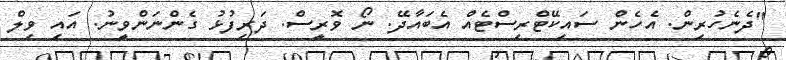
"ދެނެހުރިން. އެހެން ސައިކޭޓްރިސްޓެއް އެބައާދޭ. ނޯ ވޮރީސް. ދަރިފުޅު ގެންނަންވީނު. އައި ވިލް